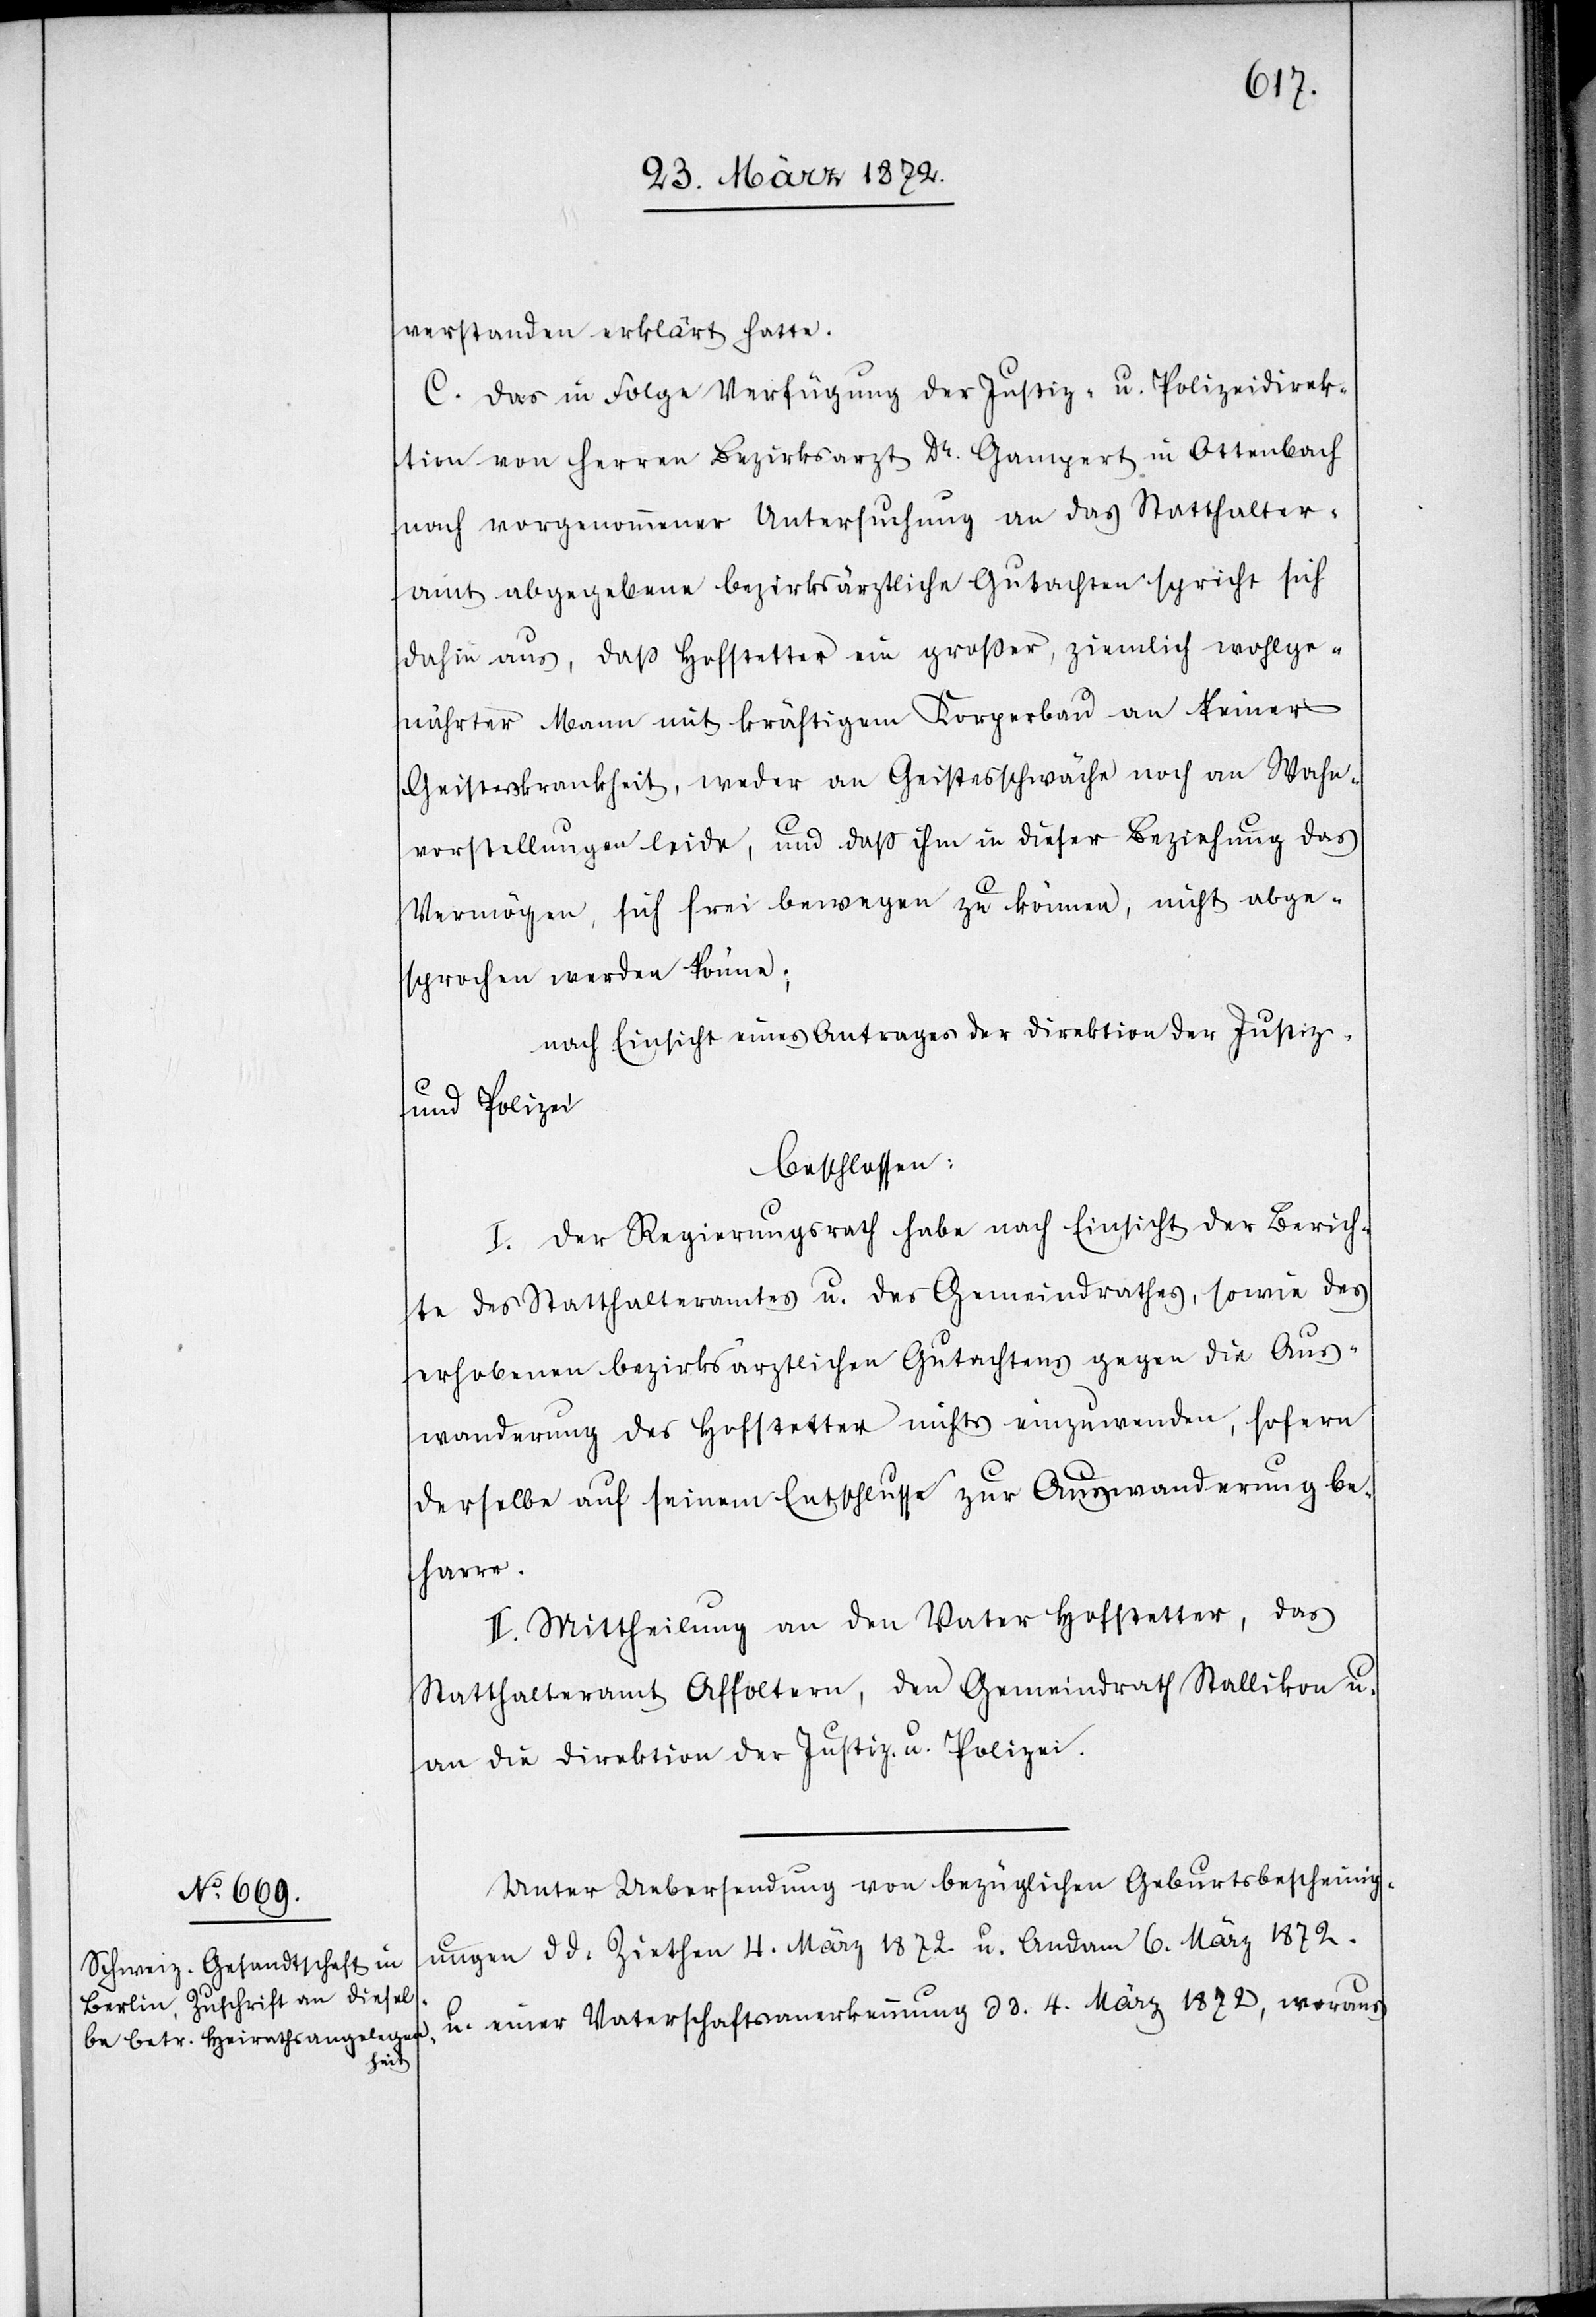
verstanden erklärt hatte.
C. Das in Folge Verfügung der Justiz- u. Polizeidirek¬
tion von Herren Bezirksarzt Dr. Gampert in Ottenbach
nach vorgenommener Untersuchung an das Statthalter¬
amt abgegebene bezirksärztliche Gutachten spricht sich
dahin aus, daß Hofstetter ein großer, ziemlich wohlge¬
nährter Mann mit kräftigem Körperbau an keiner
Geisteskrankheit, weder an Geistesschwäche noch an Wahn¬
vorstellungen leide, und daß ihm in dieser Beziehung das
Vermögen, sich frei bewegen zu können, nicht abge¬
sprochen werden könne;
nach Einsicht eines Antrages der Direktion der Justiz-
u. Polizei
beschlossen:
I. Der Regierungsrath habe nach Einsicht der Berich¬
te des Statthalteramtes u. des Gemeindrathes, sowie des
erhobenen bezirksärztlichen Gutachtens gegen die Aus¬
wanderung des Hofstetter nichts einzuwenden, sofern
derselbe auf seinem Entschlusse zur Auswanderung be¬
harre.
II. Mittheilung an den Vater Hofstetter, das
Statthalteramt Affoltern, den Gemeindrath Stallikon u.
an die Direktion der Justiz- u. Polizei.
Unter Uebersendung von bezüglichen Geburtsbescheinig¬
ungen d d. Ziethen 4. März 1872. u. Andam 6. März 1872.
u. einer Vaterschaftsanerkennung d d. 4. März 1872. woraus